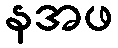
နအဖ